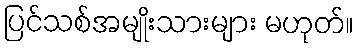
ပြင်သစ်အမျိုးသားများ မဟုတ်။